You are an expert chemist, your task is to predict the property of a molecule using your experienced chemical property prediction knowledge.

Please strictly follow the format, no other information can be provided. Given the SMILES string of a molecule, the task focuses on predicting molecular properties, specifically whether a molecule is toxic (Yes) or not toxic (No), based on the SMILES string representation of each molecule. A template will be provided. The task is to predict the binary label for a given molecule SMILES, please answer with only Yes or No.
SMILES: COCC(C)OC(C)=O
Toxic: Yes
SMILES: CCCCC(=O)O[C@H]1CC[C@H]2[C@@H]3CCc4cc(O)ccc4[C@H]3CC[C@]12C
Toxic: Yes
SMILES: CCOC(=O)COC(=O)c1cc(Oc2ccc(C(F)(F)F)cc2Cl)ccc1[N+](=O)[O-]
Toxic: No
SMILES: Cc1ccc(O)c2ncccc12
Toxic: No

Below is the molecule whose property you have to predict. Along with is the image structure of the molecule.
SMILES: NCCc1cc[nH]n1
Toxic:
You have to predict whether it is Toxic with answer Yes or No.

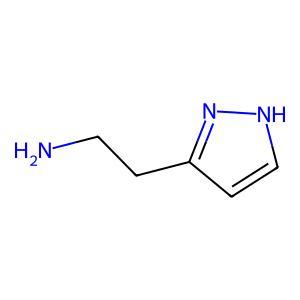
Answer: No